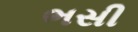
ભસી